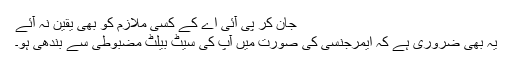
جان کر پی آئی اے کے کسی ملازم کو بھی یقین نہ آئے
یہ بھی ضروری ہے کہ ایمرجنسی کی صورت میں آپ کی سیٹ بیلٹ مضبوطی سے بندھی ہو۔